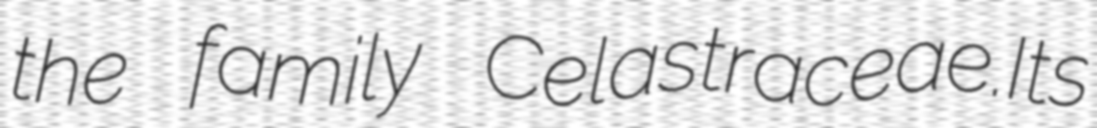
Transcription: the family Celastraceae.Its